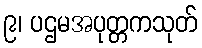
၉၊ ပဌမအပုတ္တကသုတ်